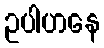
ဥပါဟနေ